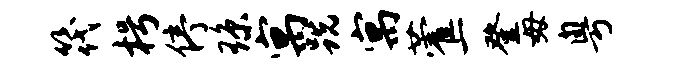
筏枵停琼寓跣寓藿一登毋粤